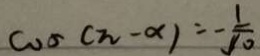
\cos ( \pi - \alpha ) = - \frac { 1 } { \sqrt { 1 0 } }